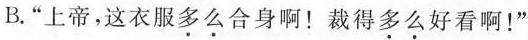
B.“上帝，这衣服多么合身啊！裁得多么好看啊！”